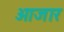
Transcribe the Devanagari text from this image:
ओजार